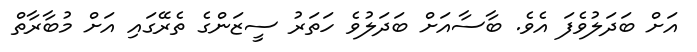
އަށް ބަދަލުވެފަ އެވެ. ބާސާއަށް ބަދަލުވެ ހަތަރު ސީޒަންގެ ތެރޭގައި އަށް މުބާރާތް